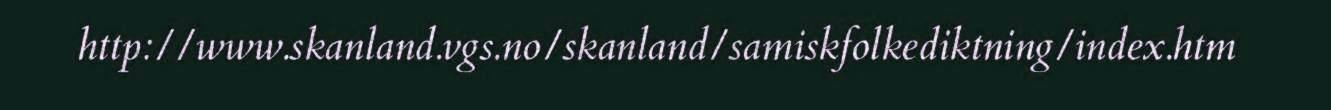
http://www.skanland.vgs.no/skanland/samiskfolkediktning/index.htm